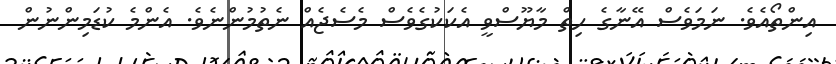
އިންތޯއެވެ. ނަމަވެސް އޭނާގެ ހިތް މާޔޫސްވީ އެކަކުގެވެސް މެސެޖެއް ނެތުމުންނެވެ. އެންމެ ކުޑަމިންނުން